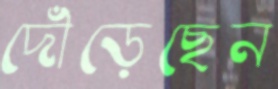
দৌঁড়েছেন